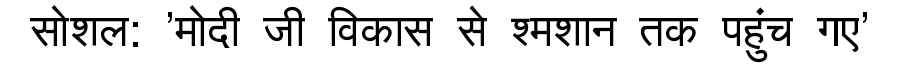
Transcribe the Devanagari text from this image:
सोशल: 'मोदी जी विकास से श्मशान तक पहुंच गए'